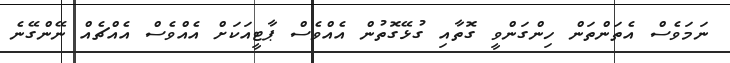
ނަމަވެސް އެތަންތަން ހިންގަންވީ ގޮތާއި ގުޅޭގޮތުން އެއްވެސް ޕާޓީއަކަށް އެއްވެސް އެއްޗެއް ނޭންގޭނެ